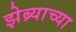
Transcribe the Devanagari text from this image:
झेब्र्याच्या